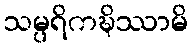
သမ္ပရိကဍ္ဎိဿာမိ